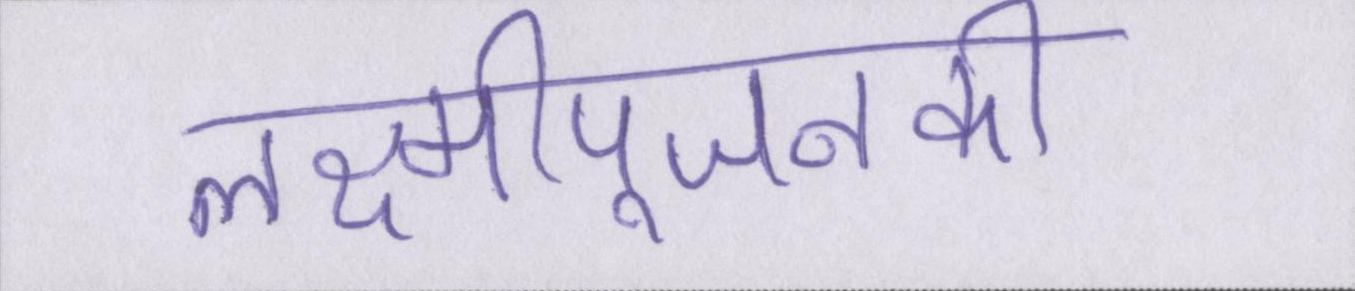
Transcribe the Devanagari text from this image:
लक्ष्मीपूजनकी